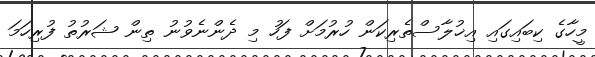
މީހާގެ ކިބައިގައި އިޚުލާސްތެރިކަން ހުރުމަށް ފަހު މި ދެންނެވުނު ތިން ޝަރުތު ފުރިހަމަ